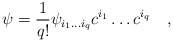
\begin{align*}\psi = {1 \over q!} \psi_{i_1 \ldots i_q} c^{i_1} \ldots c^{i_q} \quad ,\end{align*}